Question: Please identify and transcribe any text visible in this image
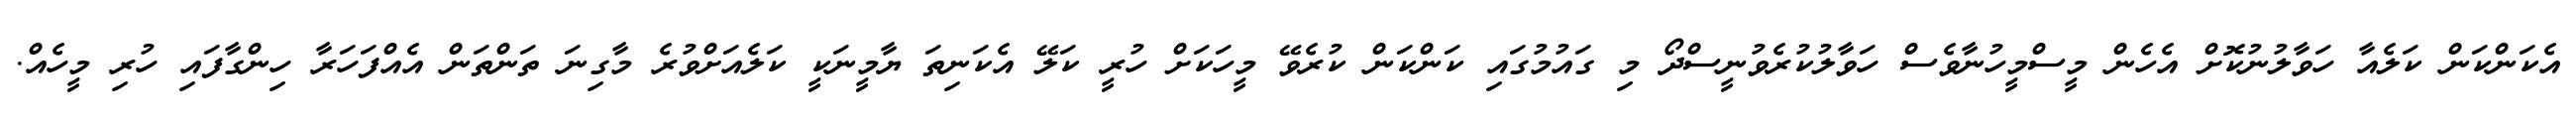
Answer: އެކަންކަން ކަލެއާ ހަވާލުނުކޮށް އެހެން މީސްމީހުނާވެސް ހަވާލުކުރެވުނީސްދޯ މި ގައުމުގައި ކަންކަން ކުރެވޭ މީހަކަށް ހުރީ ކަލޭ އެކަނިތަ ޔާމީނަކީ ކަލެއަށްވުރެ މާގިނަ ތަންތަން އެއްފަހަރާ ހިންގާފައި ހުރި މީހެއް.